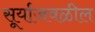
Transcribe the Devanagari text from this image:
सूर्याजवळील